Insane asylums Bombay 1873-77 - 1873-1877
Year: 1873
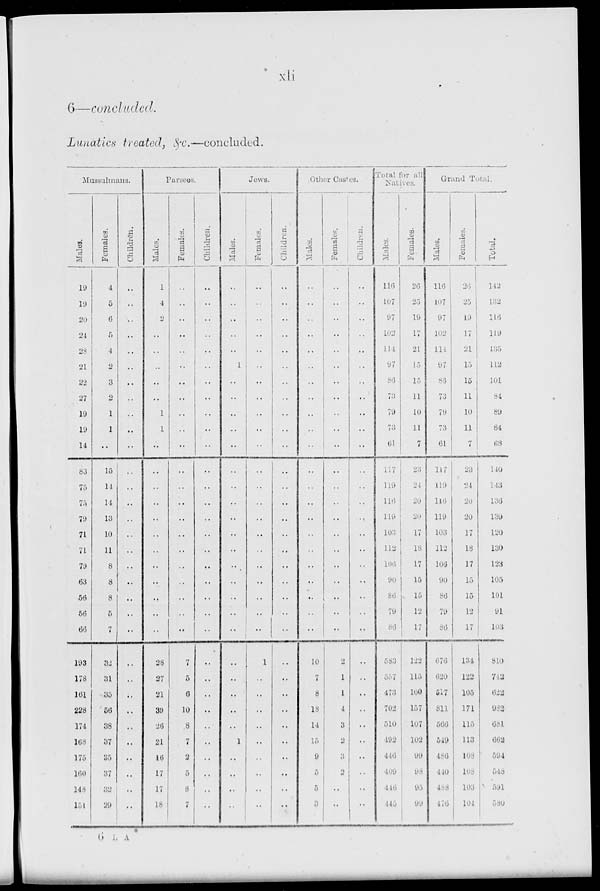
xli
6—concluded.
Lunatics treated, &c.—concluded.
Mussulmans.
Males.
19
19
20
24
28
21
22
27
19
19
14
83
75
75
79
71
71
79
63
56
56
66
193
178
161
228
174
168
175
160
148
151
Females.
4
5
6
5
4
2
3
2
1
1
..
15
11
14
13
10
11
8
8
8
5
7
32
31
35
56
38
37
35
37
32
29
Children.
..
..
..
..
..
..
..
..
..
..
..
..
..
..
..
..
..
..
..
..
..
..
..
..
..
..
..
..
..
..
..
..
Parsees.
Males.
1
4
2
..
..
..
..
..
1
1
..
..
..
..
..
..
..
..
..
..
..
..
28
27
21
39
26
21
16
17
17
18
Females.
..
..
..
..
..
..
..
..
..
..
..
..
..
..
..
..
..
..
..
..
..
..
7
5
6
10
8
7
2
5
8
7
Children.
..
..
..
..
..
..
..
..
..
..
..
..
..
..
..
..
..
..
..
..
..
..
..
..
..
..
..
..
..
..
..
..
Jews.
Males.
..
..
..
..
..
1
..
..
..
..
..
..
..
..
..
..
..
..
..
..
..
..
..
..
..
..
..
1
..
..
..
..
Females.
..
..
..
..
..
..
..
..
..
..
..
..
..
..
..
..
..
..
..
..
..
..
1
..
..
..
..
..
..
..
..
..
Children.
..
..
..
..
..
..
..
..
..
..
..
..
..
..
..
..
..
..
..
..
..
..
..
..
..
..
..
..
..
..
..
..
Other Castes.
Males.
..
..
..
..
..
..
..
..
..
..
..
..
..
..
..
..
..
..
..
..
..
..
10
7
8
18
14
15
9
5
5
3
Females.
..
..
..
..
..
..
..
..
..
..
..
..
..
..
..
..
..
..
..
..
..
..
2
1
1
4
3
2
3
2
..
..
Children.
..
..
..
..
..
..
..
..
..
..
..
..
..
..
..
..
..
..
..
..
..
..
..
..
..
..
..
..
..
..
..
..
Total for all
Natives.
Males.
116
107
97
102
114
97
86
73
79
73
61
117
119
116
119
103
112
106
90
86
79
86
583
557
473
702
510
492
446
409
446
445
Females.
26
25
19
17
21
15
15
11
10
11
7
23
24
20
20
17
18
17
15
15
12
17
122
115
100
157
l07
102
99
98
95
99
Grand
Total.
Males.
116
107
97
102
114
97
86
73
79
73
61
11
119
116
119
103
112
106
90
86
79
86
676
620
517
811
566
549
486
410
488
476
Females.
26
25
19
17
21
15
15
11
10
11
7
23
24
20
20
17
18
17
15
15
12
17
134
122
105
171
115
113
108
138
103
104
Total.
142
132
216
119
135
112
101
84
89
84
68
140
143
136
139
120
130
123
105
101
91
103
810
742
622
982
681
662
594
548
591
580
6 L A